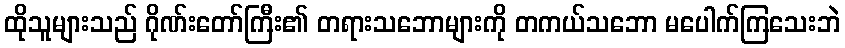
ထိုသူများသည် ဂိုဏ်းတော်ကြီး၏ တရားသဘောများကို တကယ်သဘော မပေါက်ကြသေးဘဲ